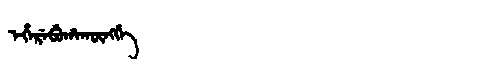
Manchu: ᡝᡥᡝᡵᡝᠪᡠᡥᠠᡴᡡᠩᡤᡝ
Romanization: EHEREBUHAKŪNGGE